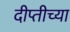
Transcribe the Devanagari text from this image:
दीप्तीच्या